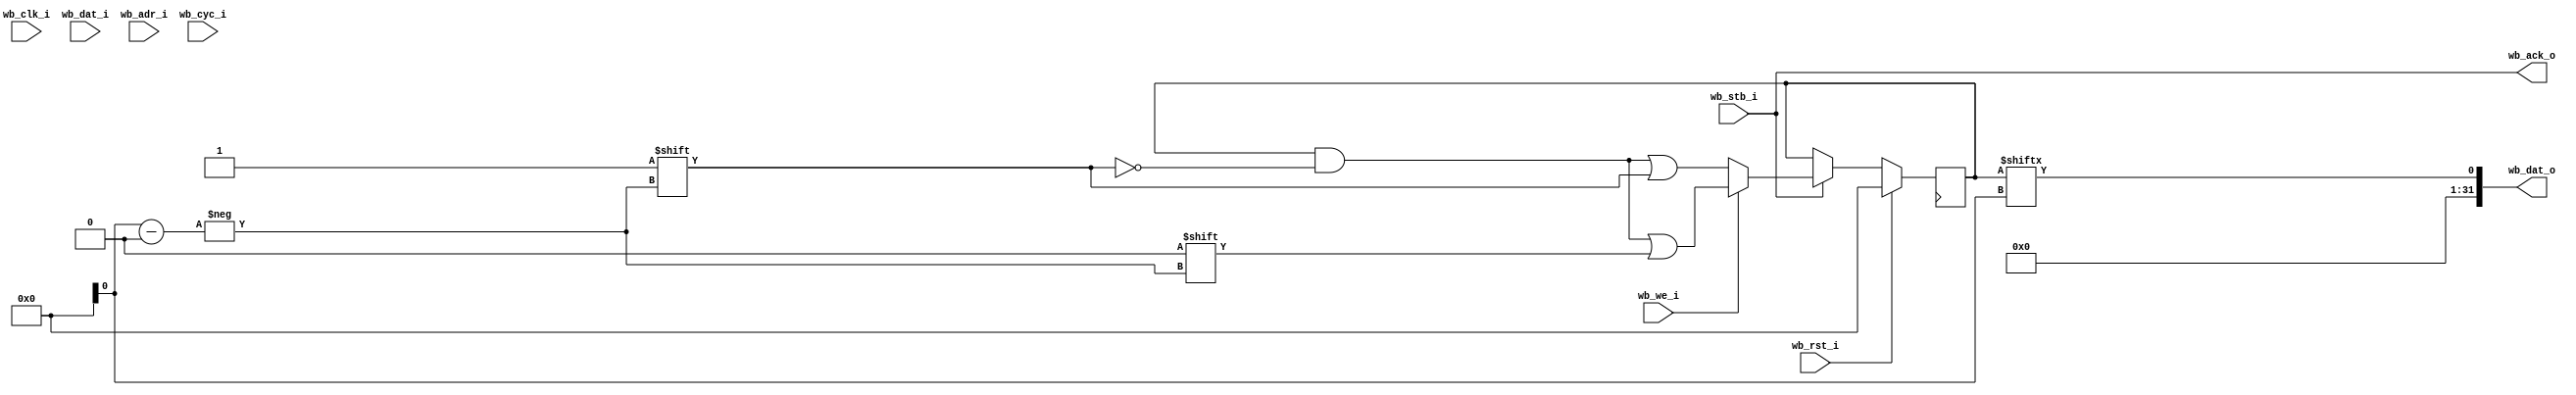
module wb_semaphore 
  #(parameter count=8, DBUS_WIDTH=32)
    (input wb_clk_i,
     input wb_rst_i,
     input [DBUS_WIDTH-1:0] wb_dat_i,
     input [2:0] wb_adr_i,
     input wb_cyc_i,
     input wb_stb_i,
     input wb_we_i,
     output wb_ack_o,
     output [DBUS_WIDTH-1:0] wb_dat_o);

   reg [count-1:0] locked;

   always @(posedge clock)
     if(wb_rst_i)
       locked <= {count{1'b0}};
     else if(wb_stb_i)
       if(wb_we_i)
	 locked[adr_i] <= 1'b0;
       else
	 locked[adr_i] <= 1'b1;

   assign 	   wb_dat_o[DBUS_WIDTH-1:1] = {(DBUS_WIDTH-1){1'b0}};
   assign 	   wb_dat_o[0] = locked[adr_i];
   assign 	   wb_ack_o = wb_stb_i;
   

endmodule